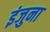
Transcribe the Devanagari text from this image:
इंजुना